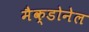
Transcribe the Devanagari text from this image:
मैक्डोनेल